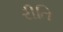
રીતિ